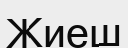
Жиеш